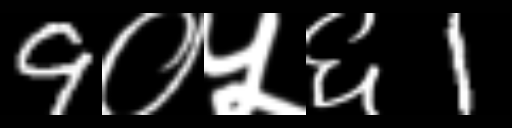
Text: 9०५६1